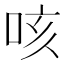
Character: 咳